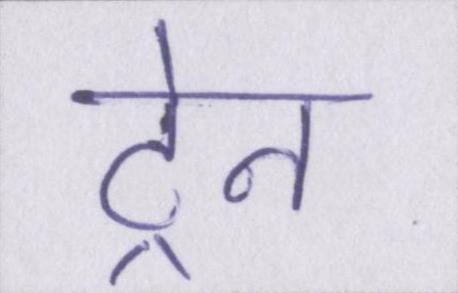
ट्रेन